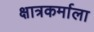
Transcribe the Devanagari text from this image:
क्षात्रकर्माला